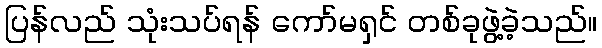
ပြန်လည် သုံးသပ်ရန် ကော်မရှင် တစ်ခုဖွဲ့ခဲ့သည်။